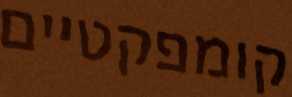
קומפקטיים